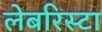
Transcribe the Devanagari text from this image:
लेबरिस्टा